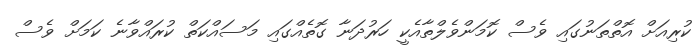
ކުރިއަށް އޮތްތަނުގައި ވެސް ކޮމަންވެލްތާއެކީ ހަރުދަނާ ގޮތެއްގައި މަސައްކަތް ކުރައްވާނެ ކަމަށް ވެސް